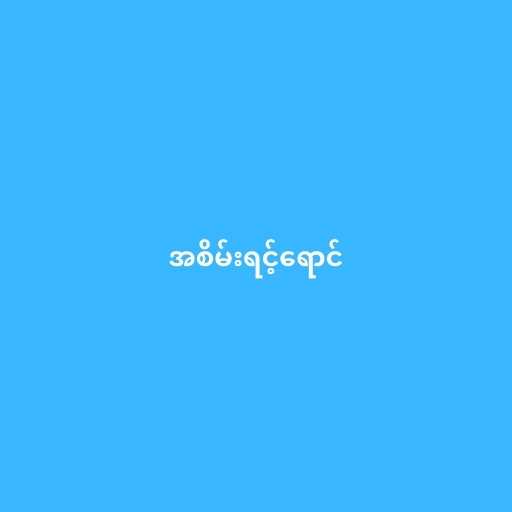
အစိမ်းရင့်ရောင်